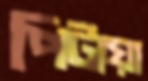
পিটায়া